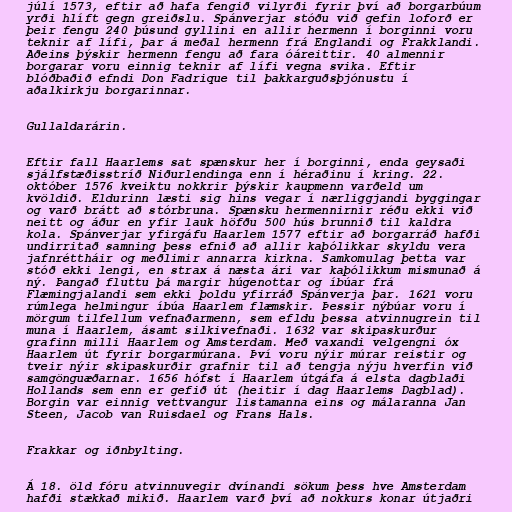
júlí 1573, eftir að hafa fengið vilyrði fyrir því að borgarbúum
yrði hlíft gegn greiðslu. Spánverjar stóðu við gefin loforð er
þeir fengu 240 þúsund gyllini en allir hermenn í borginni voru
teknir af lífi, þar á meðal hermenn frá Englandi og Frakklandi.
Aðeins þýskir hermenn fengu að fara óáreittir. 40 almennir
borgarar voru einnig teknir af lífi vegna svika. Eftir
blóðbaðið efndi Don Fadrique til þakkarguðsþjónustu í
aðalkirkju borgarinnar.

Gullaldarárin.

Eftir fall Haarlems sat spænskur her í borginni, enda geysaði
sjálfstæðisstríð Niðurlendinga enn í héraðinu í kring. 22.
október 1576 kveiktu nokkrir þýskir kaupmenn varðeld um
kvöldið. Eldurinn læsti sig hins vegar í nærliggjandi byggingar
og varð brátt að stórbruna. Spænsku hermennirnir réðu ekki við
neitt og áður en yfir lauk höfðu 500 hús brunnið til kaldra
kola. Spánverjar yfirgáfu Haarlem 1577 eftir að borgarráð hafði
undirritað samning þess efnið að allir kaþólikkar skyldu vera
jafnréttháir og meðlimir annarra kirkna. Samkomulag þetta var
stóð ekki lengi, en strax á næsta ári var kaþólikkum mismunað á
ný. Þangað fluttu þá margir húgenottar og íbúar frá
Flæmingjalandi sem ekki þoldu yfirráð Spánverja þar. 1621 voru
rúmlega helmingur íbúa Haarlem flæmskir. Þessir nýbúar voru í
mörgum tilfellum vefnaðarmenn, sem efldu þessa atvinnugrein til
muna í Haarlem, ásamt silkivefnaði. 1632 var skipaskurður
grafinn milli Haarlem og Amsterdam. Með vaxandi velgengni óx
Haarlem út fyrir borgarmúrana. Því voru nýir múrar reistir og
tveir nýir skipaskurðir grafnir til að tengja nýju hverfin við
samgönguæðarnar. 1656 hófst í Haarlem útgáfa á elsta dagblaði
Hollands sem enn er gefið út (heitir í dag Haarlems Dagblad).
Borgin var einnig vettvangur listamanna eins og málaranna Jan
Steen, Jacob van Ruisdael og Frans Hals.

Frakkar og iðnbylting.

Á 18. öld fóru atvinnuvegir dvínandi sökum þess hve Amsterdam
hafði stækkað mikið. Haarlem varð því að nokkurs konar útjaðri